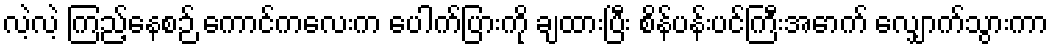
လဲ့လဲ့ ကြည့်နေစဉ် ကောင်ကလေးက ပေါက်ပြားကို ချထားပြီး စိန်ပန်းပင်ကြီးအောက် လျှောက်သွားကာ